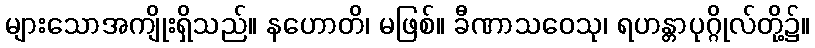
များသောအကျိုးရှိသည်။ နဟောတိ၊ မဖြစ်။ ခီဏာသဝေသု၊ ရဟန္တာပုဂ္ဂိုလ်တို့၌။